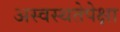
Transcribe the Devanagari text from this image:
अस्वस्थतेपेक्षा